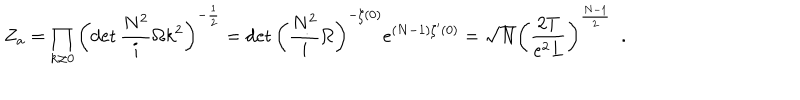
LaTeX: Z _ { a } = \prod _ { k \neq 0 } \left( \det \frac { N ^ { 2 } } { i } \Omega k ^ { 2 } \right) ^ { - \frac { 1 } { 2 } } = \det \left( \frac { N ^ { 2 } } { i } \Omega \right) ^ { - \zeta ( 0 ) } e ^ { ( N - 1 ) \zeta ^ { \prime } ( 0 ) } = \sqrt { N } \left( \frac { 2 T } { e ^ { 2 } L } \right) ^ { \frac { N - 1 } { 2 } } \ \ .